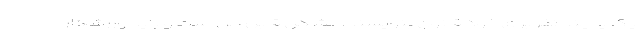
یک یا چند نفر برای خود قانون بنویسند. مشکل قابل حل است و باید ورزشکار